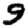
Digit: 9